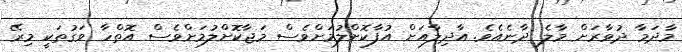
މާދަމާ ދުވާރަށް މާލެ ދާނެއެވެ. އާދިލާއަށް އުފާކޮށްލުމަށްވެސް މަޖާކޮށްލުމަށްވެސް އޮތްހާ ވަގުތަކީ މިރޭ